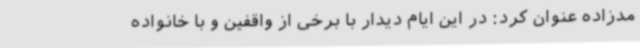
مدزاده عنوان کرد: در این ایام دیدار با برخی از واقفین و با خانواده